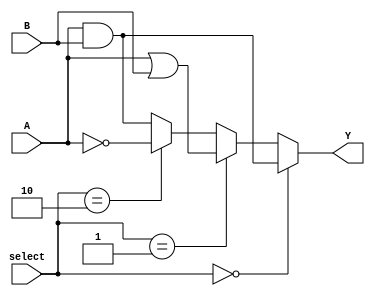
module combinational_logic_block (
    input wire [3:0] A,          // 4-bit input
    input wire [3:0] B,          // 4-bit input
    input wire [1:0] select,      // Select signal for logic function
    output wire [3:0] Y           // 4-bit output
);

// Internal signals for logic gates
wire [3:0] and_out;
wire [3:0] or_out;
wire [3:0] not_out;

// AND gates
assign and_out = A & B;

// OR gates
assign or_out = A | B;

// NOT gates
assign not_out = ~A;

// Output logic based on select signal
// select = 00 -> AND, 01 -> OR, 10 -> NOT, 11 -> Default (AND)
assign Y = (select == 2'b00) ? and_out :
           (select == 2'b01) ? or_out :
           (select == 2'b10) ? not_out :
           and_out; // Default case

endmodule